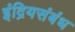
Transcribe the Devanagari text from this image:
इंद्रियसंबंध